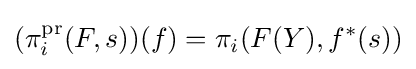
(\pi _{i}^{\text{pr}}(F,s))(f)=\pi _{i}(F(Y),f^{*}(s))